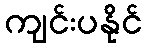
ကျင်းပနိုင်